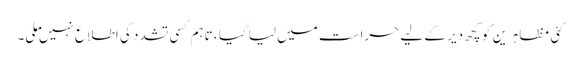
کئی مظاہرین کو کچھ دیر کے لیے حراست میں لیا گیا ، تاہم کسی تشدد کی اطلاع نہیں ملی۔